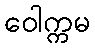
ဝေါက္ကမ